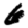
Digit: 6